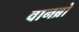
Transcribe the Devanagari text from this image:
वानब्रो